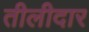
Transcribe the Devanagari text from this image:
तीलीदार